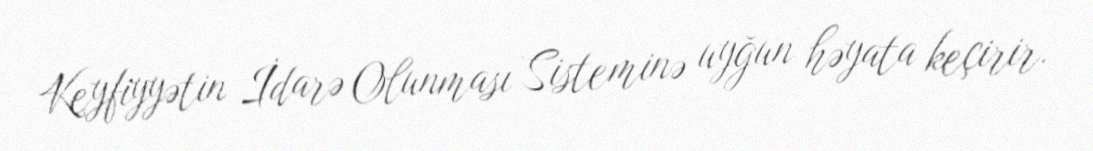
Keyfiyyətin İdarə Olunması Sisteminə uyğun həyata keçirir.